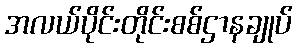
အလယ်ပိုင်းတိုင်းစစ်ဌာနချုပ်